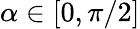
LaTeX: \alpha\in[0,\pi/2]